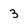
Character: 3